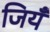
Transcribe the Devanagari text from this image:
जियँ